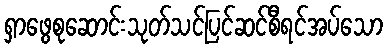
ရှာဖွေစုဆောင်းသုတ်သင်ပြင်ဆင်စီရင်အပ်သော